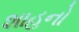
શાહનો